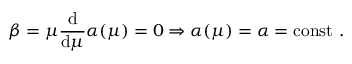
\beta = \mu { \frac { \mathrm { d } } { \mathrm { d } \mu } } \alpha ( \mu ) = 0 \Rightarrow \alpha ( \mu ) = \alpha = \mathrm { c o n s t } \ .